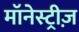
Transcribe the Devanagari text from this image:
मॉनेस्ट्रीज़